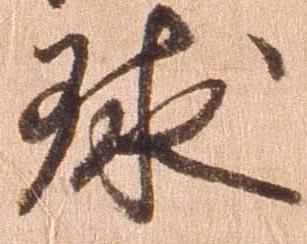
球